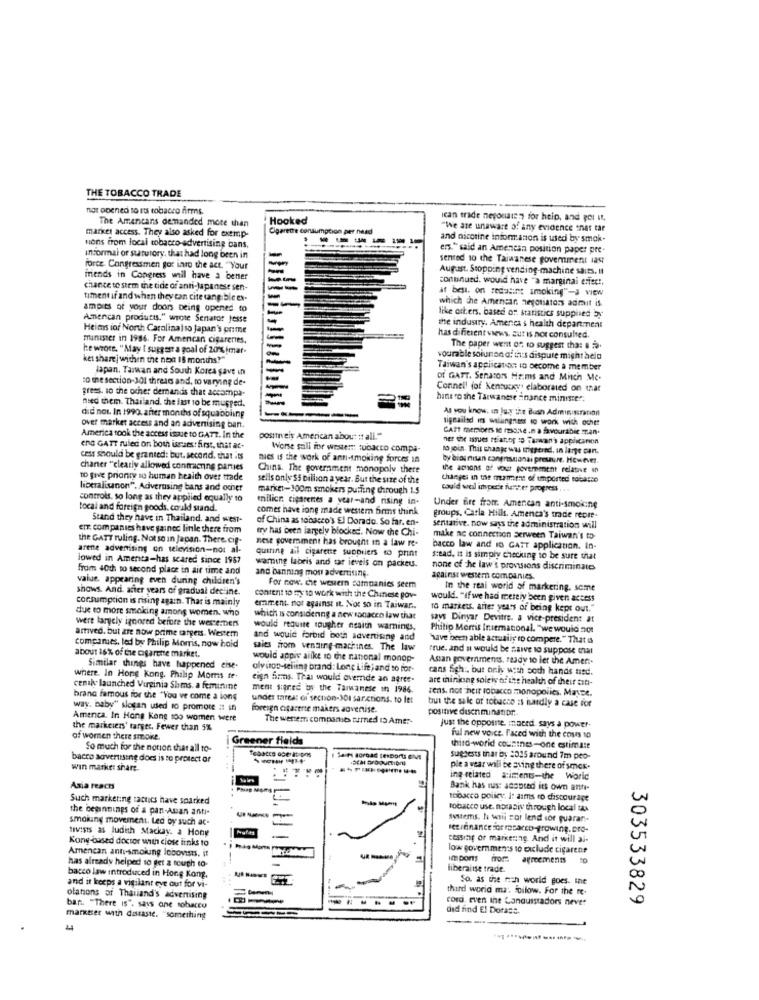
THE TOBACCO TRADE
nat opened to its tobacco firms.
The Ameneans demmanded more than
Hooked
ican trade nepouaten for help, and For it,
Cigarette consum
"We are unaware of any evidence that tar
market access. They also asked for exemp-
and nicotine informaron is used by smok.
nons from local tobacco-advertising bans,
ers." said an Amenesa position paper pre
informal or statutory, that had long been in
=
sented 10 the Taiwanese goverment iast
forte. Congressmen got into the act. "Your
August. Stopping vending machine saiss. Il
mends in Congress wil have a bener
conunued. would have "a marginal effect.
chance to stem the tide of ant-Japanese sen-
--
af best. on redasint smoking"-J view
timent af and when they can cite tangible ex-
-
which the Amencan negotiators admit is
ampits of your doors being opened to
American products." wrote Senator Jesse
like orters. based of statistics supplied by
Heims ior North Carolinalso Japan's prime
the industry. Amencs s health department
minister in 1986. For Amencan cigareries,
-
has different views. aut is nor consulted.
he wrote. "May I suggest a goal of 20% imar-
-
The paper went on to suggest that s .
ket sharej within the next 18 months?"
-
vourable soiunon of th:s dispute mightacio
lapan, Taiwan and South Korea save in
-
Taiwan's application to become a member
to the section-JO1 thread and, to varying de-
Of GATT. Senators Heims and Mitch Me-
grees. so the ocher demands that accampa-
-
Connell fof Kentucky elaborated on that
need them. Thailand, the last to be mupped.
-
hans ro the Tarwanese inance minister;
--
As you know. in Ju.y the Bush Administration
did not. In 1990. aner months of squabbling
sigmailse ins willingness to work with ochet
over market access and an advertising ban.
CATT members se move in a favourable man.
America took the access isque to GATZ. In the
posttreis American about it all."
ner exe issues ttiattor : Taiwan's application
end GATT ruled on both isses: first, that ac-
Worse sall for weste ::: tobacco comps-
to join This change was triggered, in large can.
cess should be granted: but. second, that its
mies is the work of ann-smoking forces in
by bios nisan congressional presure. However.
chanter "clearly allowed contracting parties
Chins. The government monopoly there
the acions of vor povemment relative in
to give prionty to human health over trade
sells only $5 billion a year. But the size of the
Changes in the mament of imported tobacco
liberalisnon". Acivertising bans and ocher
market-300m smokers putting through 15
could wel inper'e fenster progress .
controls, so long as they applied equally 10
milice cigarenes a year-and rising in-
local and foreign goods. could stand.
comes have jong made western firms think
Under fire fromr. Amenean anti-smoking
Stand they have in Thailand. and west-
of China as tobacco's El Dorado. So far. en-
groups, Carla Hills. Amenca's trade recre-
emr. companies have gaincc linle there from
try has been largely blocked. Now the Chi-
sentative. now says the administration will
the GATT ruling. Not so in Japan. There. cif-
nese government has brought in a law re-
make no connection Serween Taiwan's to
arette advenising on television-nos al-
quiring ail cigarette suppliers to print
bacco law and 16 GATT application. In-
lowed in Amenta-has scared since 1987
stead, it is simply checking to be sure that
from 40th to second place in air time and
and banning mou advertifine.
warning labris and tar ieveis on packeu.
none of the law's provisions discriminates
value, appearing even during children's
against western companies.
shows. And, after years of gradual decline.
For now. che western companies seem
In the real world of markering. seme
consumption is rising again. That is mainly
content to my to work with the Chinese pov-
would. "if we had merely been given access
due to more smoking among women. who
emment not against It. Not so in Taiwar ..
To markets. after years of being kept out."
were largely ignored before the westerners
which is considering a new ronaceo law that
says Dinyar Devitre. a vice-president at
arrived. but are now prime targets. Westem
would require tougher nsaith warnings,
Philip Morris Intemaconal. "we would not
and would forbid both advertising and
'have been able actually io compere." That is
companies, led by Philip Morris, now hoid
about 16% of the cigarche market.
saies from venting-machines. The law
True. and a would be save to suppose that
would appis ailke to the national monop-
Asan governments, ready 10 ler the Amer :-
Similar things have happened eise-
oly itop-selimng brand: Long Life , and to for-
cans Sigh :. but only with both hands tied.
where. In Hong Kong. Philip Moms te-
eign Sums. Thai would overde an agree.
are mining solely of the health of their con-
cenak launched Virginia Shms. a feminine
ment signed by the Taiwanese in 1986.
tens, not Their tobacco monopolies. MasDe.
brand famous for the "You ve come a long
under tareas di section-301 sanctions. to let
but the sale of tobacco is hardly a case for
way. baby" slogan used to promote #: in
foreign cigarerte makers advertise.
positive discrimination ..
America. In Hong Kong 100 women were
The wersem companies tumed 13 Ame :-
Just the opposite, inaced says a power-
the markeiers' target. Fewer than 5%
of wormen there smoke.
Greener fields
ful new voice. Faced with the costs 10
So much for the notion that all to-
third-world countnes-one estimate
bacco advertising docs is to protect or
----
suggests that by :025 around 7m peo-
win market share.
ple a year will be aving there of smek.
ing-related a:iments-the World
Asia reacts
Bank has muis: adopted its own anti-
Such marketing tactics have sparked
toacco policy, it aims to discourage
the beginnings of a pan-Asian anti-
tobacco use, nossawy through local tas
smoiung movement. Led by such ac-
Systems. N wnil cor lend sor puaran-
tivists as Judith Mackay. a Hony
Kony-based doctor with ciose links to
-
cessing of marketing. And it will al-
Amencan anti-smoiung lobovists. it
low governments to exclude cigarene
has already helped so get a tough to-
Impons moss agreements
liberalise trade.
bacco law introduced in Hong Kong.
So. as the rich world goes. ine
and it keeps a vigilant eye out for vi-
third world ma: follow. For the re-
ofations of Thailand's advertising
cord, Even the Conquistadors never
303533829
bari. "There is", says ane sohaccu
did find El Dorast.
markter with distaste. "something